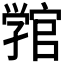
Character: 𭓚